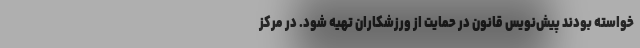
خواسته بودند پیش‌نویس قانون در حمایت از ورزشکاران تهیه شود. در مرکز